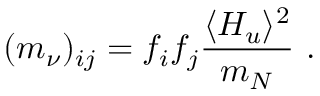
( m _ { \nu } ) _ { i j } = f _ { i } f _ { j } { \frac { \langle H _ { u } \rangle ^ { 2 } } { m _ { N } } } ~ .